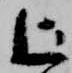
上